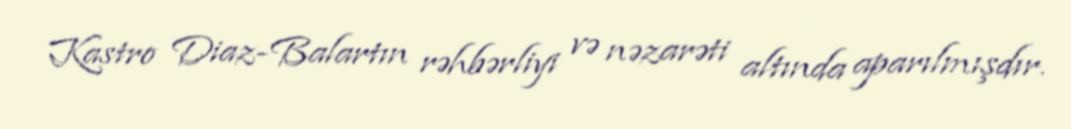
Kastro Diaz-Balartın rəhbərliyi və nəzarəti altında aparılmışdır.